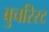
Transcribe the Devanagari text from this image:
बुचरिस्ट